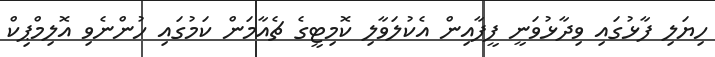
ހިޔަލި ފާޅުގައި ވިދާޅުވަނީ ފީފާއިން އެކުލަވާލި ކޮމިޓީގެ ޗެއާމަން ކަމުގައި ހުންނެވި އޮލިމްޕިކް